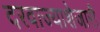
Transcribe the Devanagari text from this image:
दरवाज्याशेजारी